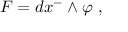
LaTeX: F = d x ^ { - } \wedge \varphi ~ ,